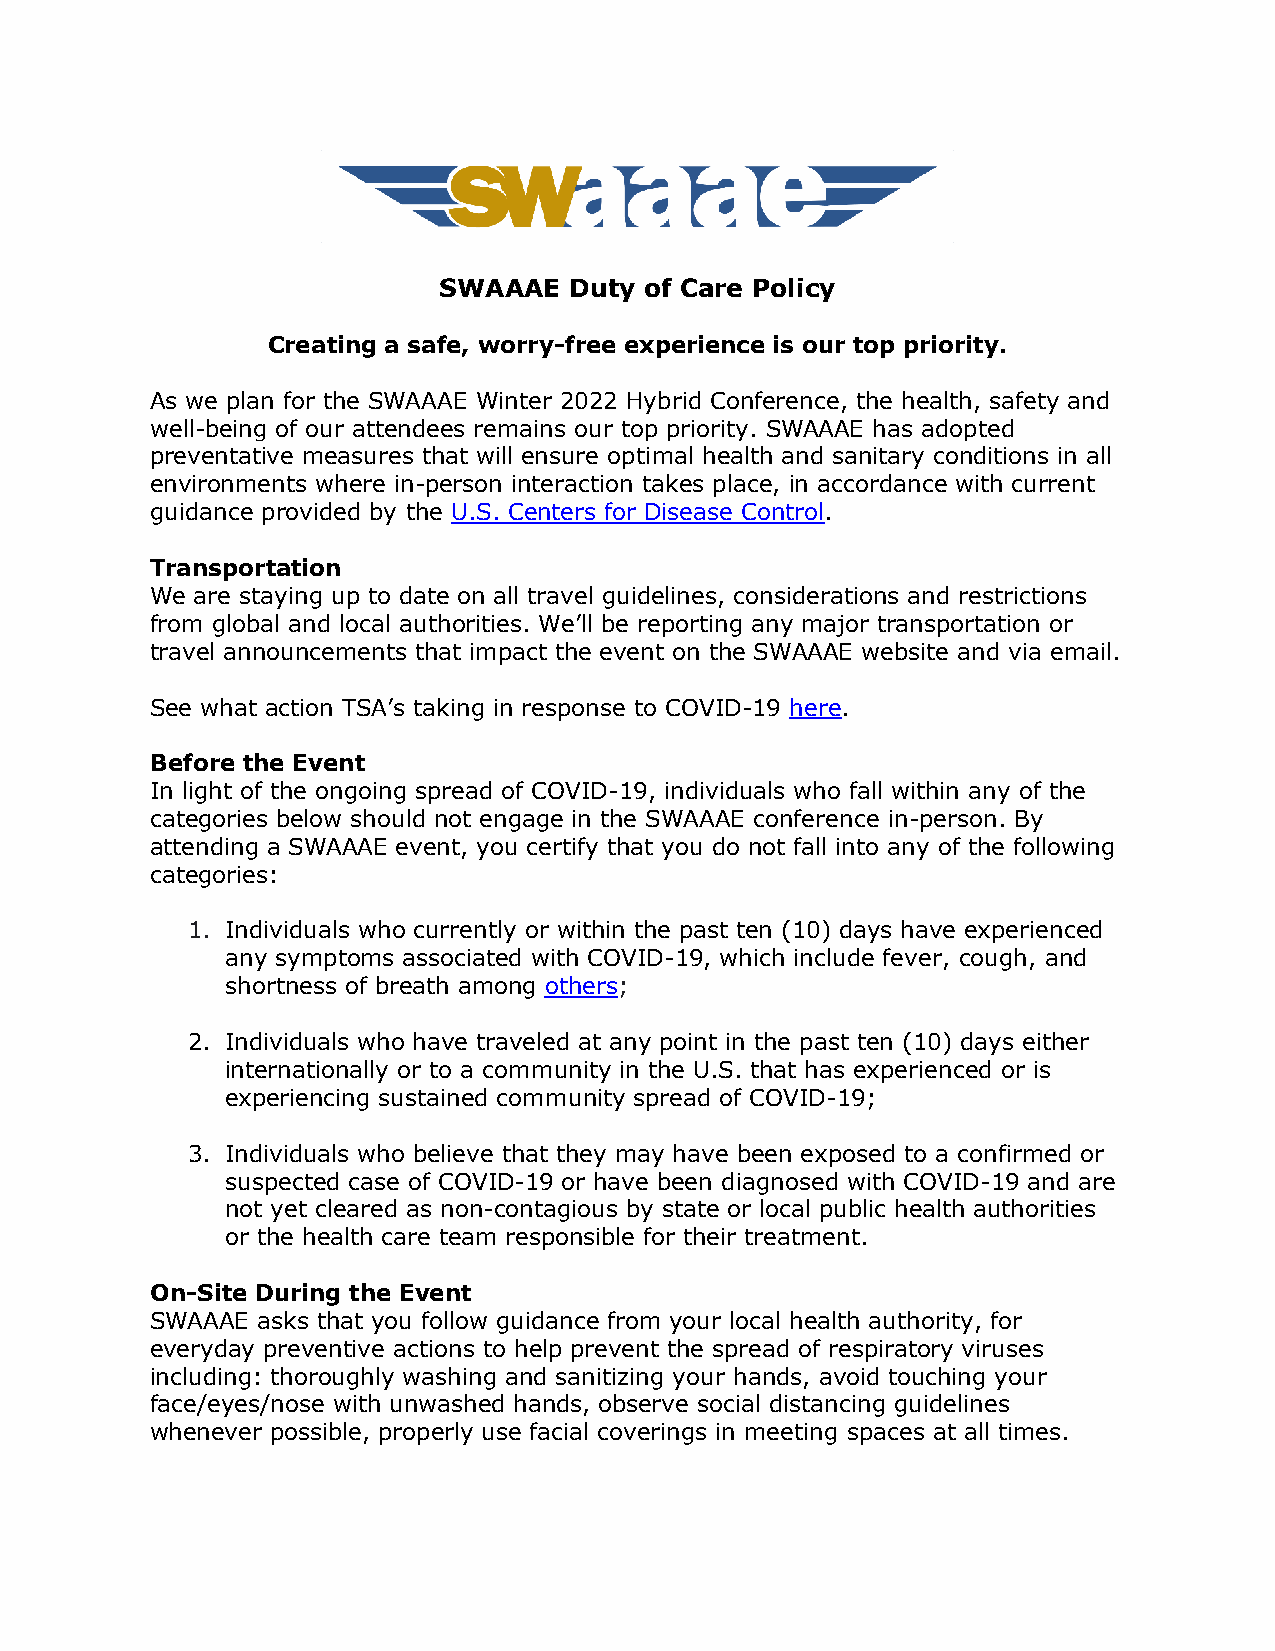
SWAAAE   Duty of Care Policy
 Creating a safe, worry-free experience is our top priority.
 As we plan for the SWAAAE Winter 2022 Hybrid Conference, the health, safety and
 well-being of our attendees remains our top priority. SWAAAE has adopted
 preventative measures that will ensure optimal health and sanitary conditions in all
 environments where in-person interaction takes place, in accordance with current
 guidance provided by the U.S. Centers for Disease Control.
 Transportation
 We are staying up to date on all travel guidelines, considerations and restrictions
 from global and local authorities. We’ll be reporting any major transportation or
 travel announcements that impact the event on the SWAAAE website and via email.
 See what action TSA’s taking in response to COVID-19 here.
 Before the Event
 In light of the ongoing spread of COVID-19, individuals who fall within any of the
 categories below should not engage in the SWAAAE conference in-person. By
 attending a SWAAAE event, you certify that you do not fall into any of the following
 categories:
 1. Individuals who currently or within the past ten (10) days have experienced
 any symptoms associated with COVID-19, which include fever, cough, and
 shortness of breath among others;
 2. Individuals who have traveled at any point in the past ten (10) days either
 internationally or to a community in the U.S. that has experienced or is
 experiencing sustained community spread of COVID-19;
 3. Individuals who believe that they may have been exposed to a confirmed or
 suspected case of COVID-19 or have been diagnosed with COVID-19 and are
 not yet cleared as non-contagious by state or local public health authorities
 or the health care team responsible for their treatment.
 On-Site During the Event
 SWAAAE asks that you follow guidance from your local health authority, for
 everyday preventive actions to help prevent the spread of respiratory viruses
 including: thoroughly washing and sanitizing your hands, avoid touching your
 face/eyes/nose with unwashed hands, observe social distancing guidelines
 whenever possible, properly use facial coverings in meeting spaces at all times.